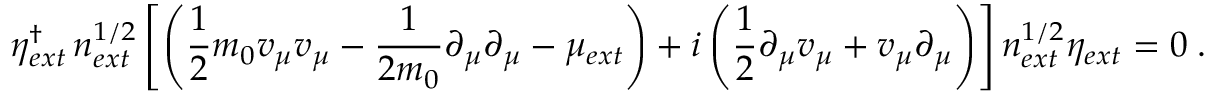
\eta _ { e x t } ^ { \dagger } \, n _ { e x t } ^ { 1 / 2 } \left[ \left( \frac { 1 } { 2 } m _ { 0 } v _ { \mu } v _ { \mu } - \frac { 1 } { 2 m _ { 0 } } \partial _ { \mu } \partial _ { \mu } - \mu _ { e x t } \right) + i \left( \frac { 1 } { 2 } \partial _ { \mu } v _ { \mu } + v _ { \mu } \partial _ { \mu } \right) \right] n _ { e x t } ^ { 1 / 2 } \eta _ { e x t } = 0 \; .